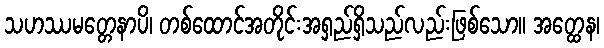
သဟဿမတ္တေနာပိ၊ တစ်ထောင်အတိုင်းအရှည်ရှိသည်လည်းဖြစ်သော။ အတ္ထေန၊